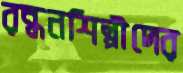
রন্ধনশিল্পীদের